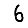
Digit: 6